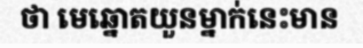
ថា មេឆ្នោតយួនម្នាក់នេះមាន